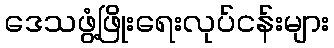
ဒေသဖွံ့ဖြိုးရေးလုပ်ငန်းများ